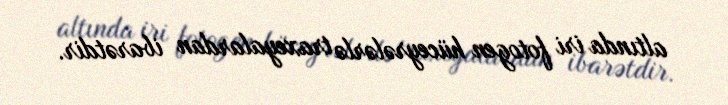
altında iri fotogen hüceyrələrlə traxeyalardan ibarətdir.